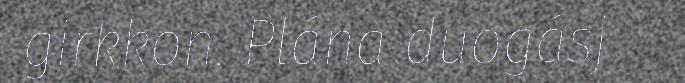
girkkon. Plána duogásj